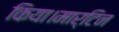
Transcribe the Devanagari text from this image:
किया।मार्टिन